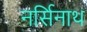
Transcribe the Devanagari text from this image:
नर्सिनाथ